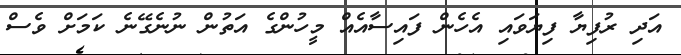
އަދި ރުފިޔާ ފިޔަވައި އެހެން ފައިސާއެއް މީހުންގެ އަތުން ނުނެގޭނެ ކަމަށް ވެސް